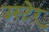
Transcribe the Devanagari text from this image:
उस्टेर्